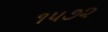
૧૫૭૨